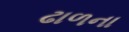
ઢાળના